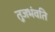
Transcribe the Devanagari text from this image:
तुजभंवति